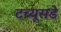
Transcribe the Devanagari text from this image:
टच्यूसडे